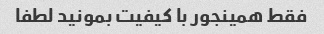
فقط همینجور با کیفیت بمونید لطفا